NAE_ERA_R-2324_Eesti_Vabariigi_Pohiseaduslik_Assamblee, lk 138
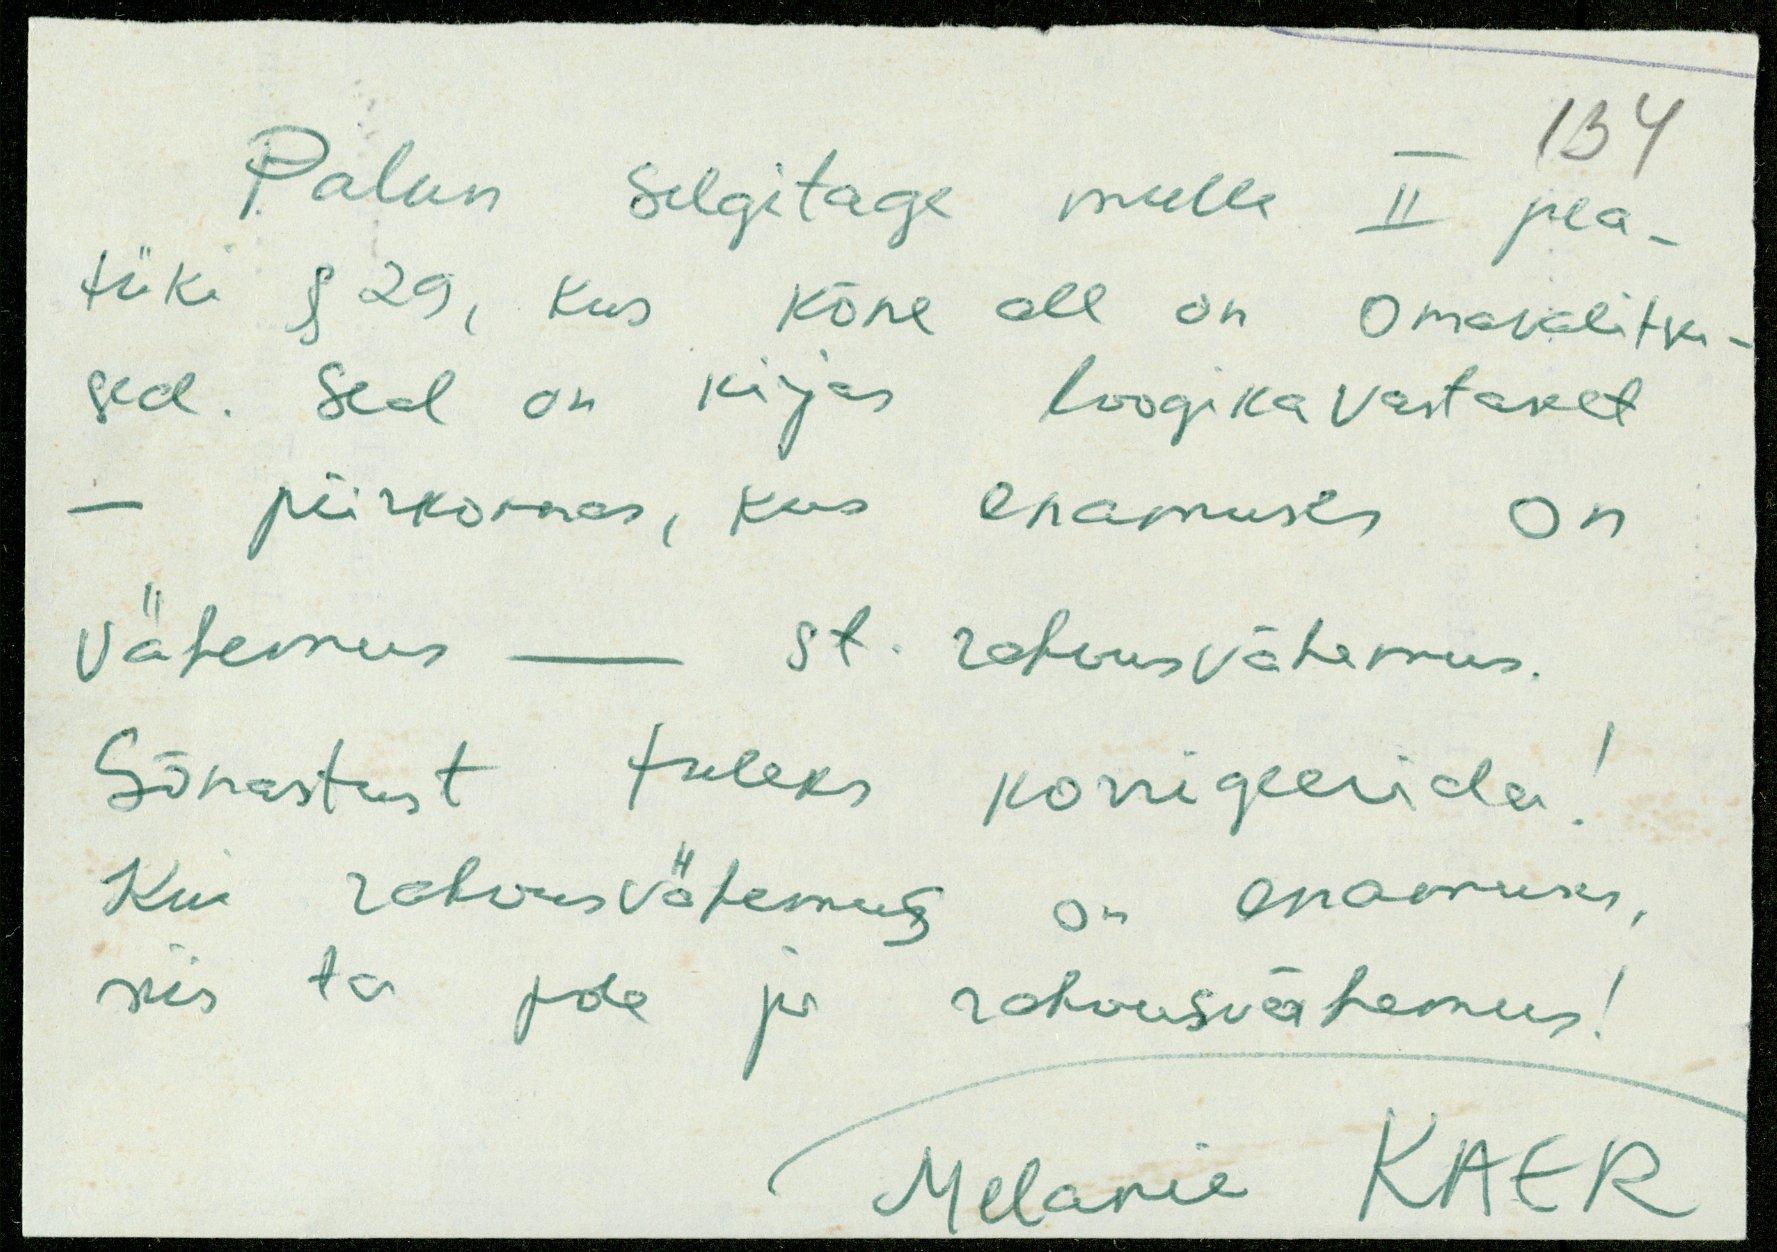
Palun selgitage mulle II pea-
tük § 29, kus kõne all on omavalitsu
sed. Seal on kirjas loogikavastaset
piirkonnas, kus enamuses on
vähemus - st. rahvusvähemus.
Sõnastust tuleks korrigeerida!
Kui rahvusvähemus on enamuses,
siis ta pole ja rahvusvähemus!
Melania KAER